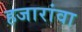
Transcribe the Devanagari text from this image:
हजारांवा